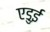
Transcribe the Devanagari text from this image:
एडुई